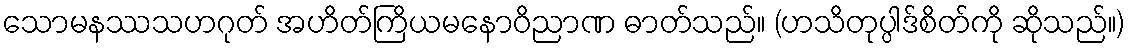
သောမနဿသဟဂုတ် အဟိတ်ကြိယမနောဝိညာဏ ဓာတ်သည်။ (ဟသိတုပ္ပါဒ်စိတ်ကို ဆိုသည်။)